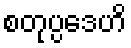
စတုပ္ပဒေဟိ